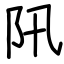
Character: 阠